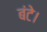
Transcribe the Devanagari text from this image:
बंटे।